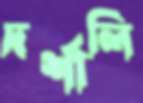
দর্শালি